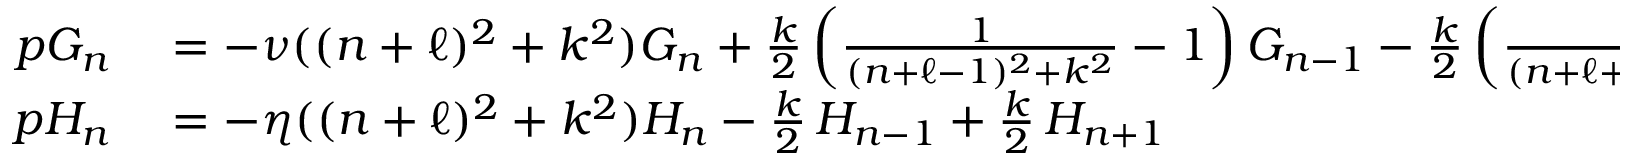
\begin{array} { r l } { p G _ { n } } & { { } = - \nu ( ( n + \ell ) ^ { 2 } + k ^ { 2 } ) G _ { n } + \frac { k } { 2 } \left( \frac { 1 } { ( n + \ell - 1 ) ^ { 2 } + k ^ { 2 } } - 1 \right) G _ { n - 1 } - \frac { k } { 2 } \left( \frac { 1 } { ( n + \ell + 1 ) ^ { 2 } + k ^ { 2 } } - 1 \right) G _ { n + 1 } } \\ { p H _ { n } } & { { } = - \eta ( ( n + \ell ) ^ { 2 } + k ^ { 2 } ) H _ { n } - \frac { k } { 2 } \, H _ { n - 1 } + \frac { k } { 2 } \, H _ { n + 1 } } \end{array}